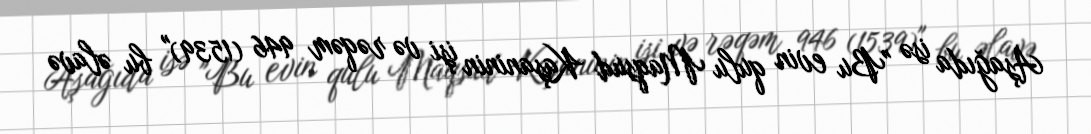
Aşağıda isə "Bu evin qulu Maqsud Kaşaninin işi və rəqəm 946 (1539)" bu əlavə